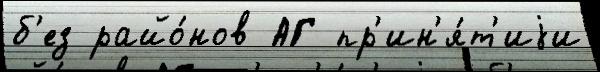
б'ез райо́нов АГ пр'ин'я́т'иjи